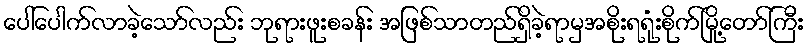
ပေါ်ပေါက်လာခဲ့သော်လည်း ဘုရားဖူးစခန်း အဖြစ်သာတည်ရှိခဲ့ရာမှအစိုးရရုံးစိုက်မြို့တော်ကြီး